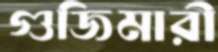
গুজিমারী